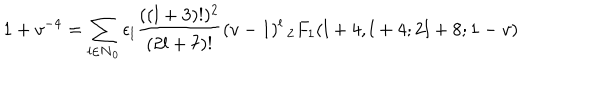
1 + v ^ { - 4 } = \sum _ { l \in \bf { N } _ { 0 } } \epsilon _ { l } \frac { ( ( l + 3 ) ! ) ^ { 2 } } { ( 2 l + 7 ) ! } ( v - 1 ) ^ { l } \, _ { 2 } F _ { 1 } ( l + 4 , l + 4 ; 2 l + 8 ; 1 - v )